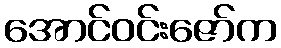
အောင်ဝင်းဇော်က